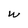
Character: w